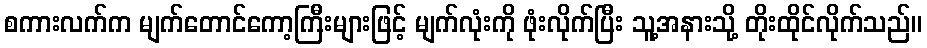
စကားလက်က မျက်တောင်ကော့ကြီးများဖြင့် မျက်လုံးကို ဖုံးလိုက်ပြီး သူ့အနားသို့ တိုးထိုင်လိုက်သည်။